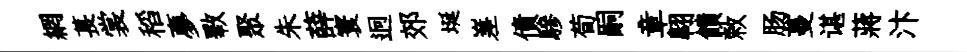
網萇裳稻夣斁聚朱薛寰迥郊埏嵳債驂荀嗣章翺饋敕肠蔓谌蔣汴